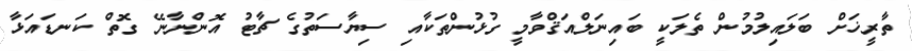
ތާރީޚަށް ބަލައިލުމުން ތެލަކީ ބައިނަލްއަޤްވާމީ ގުޅުންތަކާއި ސިޔާސަތުގެ ޗާޓު އޮންނާނޭ ގޮތް ކަނޑައަޅާ